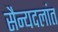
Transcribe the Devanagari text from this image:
सैन्यदलांत